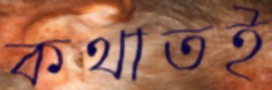
কথাতই